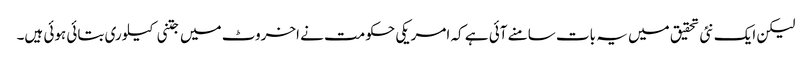
لیکن ایک نئی تحقیق میں یہ بات سامنے آئی ہے کہ امریکی حکومت نے اخروٹ میں جتنی کیلوری بتائی ہوئی ہیں۔